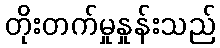
တိုးတက်မှုနှုန်းသည်